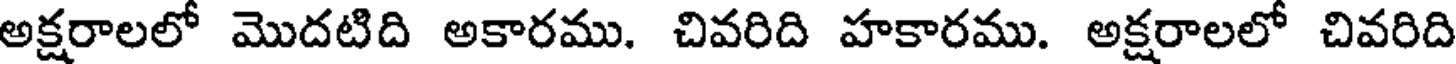
అక్షరాలలో మొదటిది అకారము. చివరిది హకారము. అక్షరాలలో చివరిది